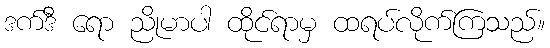
ဒက်ဒီ ရော ညိုမာပါ ထိုင်ရာမှ ထရပ်လိုက်ကြသည်။